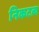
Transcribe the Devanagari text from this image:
निकटत्व